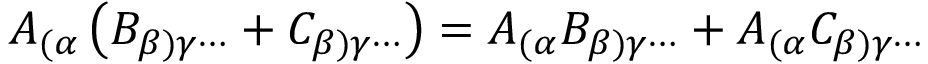
A _ { ( \alpha } \left( B _ { \beta ) \gamma \cdots } + C _ { \beta ) \gamma \cdots } \right) = A _ { ( \alpha } B _ { \beta ) \gamma \cdots } + A _ { ( \alpha } C _ { \beta ) \gamma \cdots }